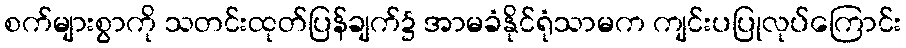
စက်များစွာကို သတင်းထုတ်ပြန်ချက်၌ အာမခံနိုင်ရုံသာမက ကျင်းပပြုလုပ်ကြောင်း